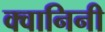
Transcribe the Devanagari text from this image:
क्वानिनी